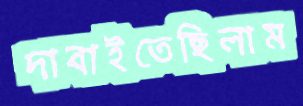
দাবাইতেছিলাম